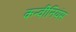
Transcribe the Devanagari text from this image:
कन्वीनियंस